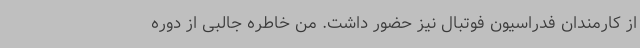
از کارمندان فدراسیون فوتبال نیز حضور داشت. من خاطره جالبی از دوره